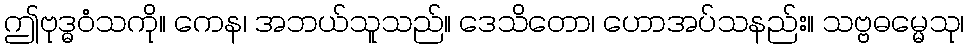
ဤဗုဒ္ဓဝံသကို။ ကေန၊ အဘယ်သူသည်။ ဒေသိတော၊ ဟောအပ်သနည်း။ သဗ္ဗဓမ္မေသု၊